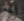
أكثر